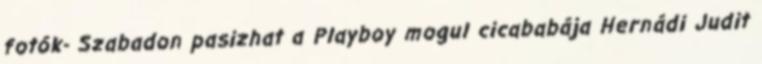
fotók- Szabadon pasizhat a Playboy mogul cicababája Hernádi Judit